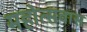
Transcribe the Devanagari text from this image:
महोत्सवास